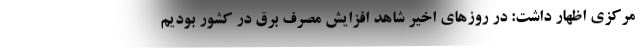
مرکزی اظهار داشت: در روزهای اخیر شاهد افزایش مصرف برق در کشور بودیم